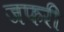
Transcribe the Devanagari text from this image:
जफरी